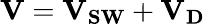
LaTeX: \mathbf{V}=\mathbf{V}_{\mathbf{SW}}+\mathbf{V_{D}}